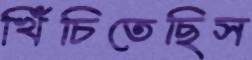
খিঁচিতেছিস